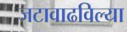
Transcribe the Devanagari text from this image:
जटावाढविल्या